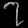
Digit: ၇